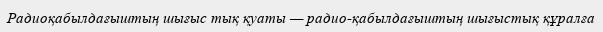
Радиоқабылдағыштың шығыс тық қуаты — радио-қабылдағыштың шығыстық құралға